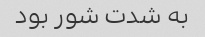
به شدت شور بود